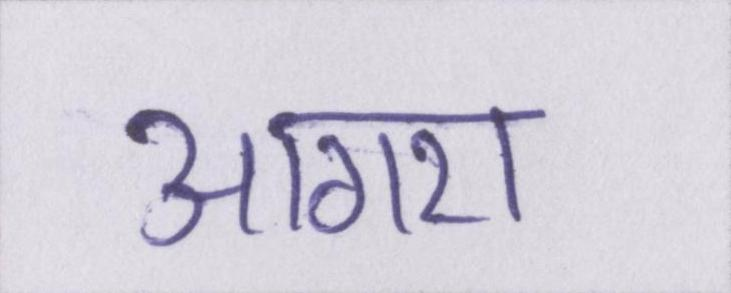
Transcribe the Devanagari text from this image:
आगरा